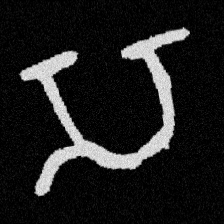
Pyu character \u2014 Myanmar letter: သ (romanized: sa)